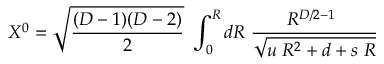
X ^ { 0 } = \sqrt { \frac { ( D - 1 ) ( D - 2 ) } { 2 } } ~ \int _ { 0 } ^ { R } d R \; { \frac { { R ^ { D / 2 - 1 } } ~ } { \sqrt { u \; R ^ { 2 } + d + s \; R } } }